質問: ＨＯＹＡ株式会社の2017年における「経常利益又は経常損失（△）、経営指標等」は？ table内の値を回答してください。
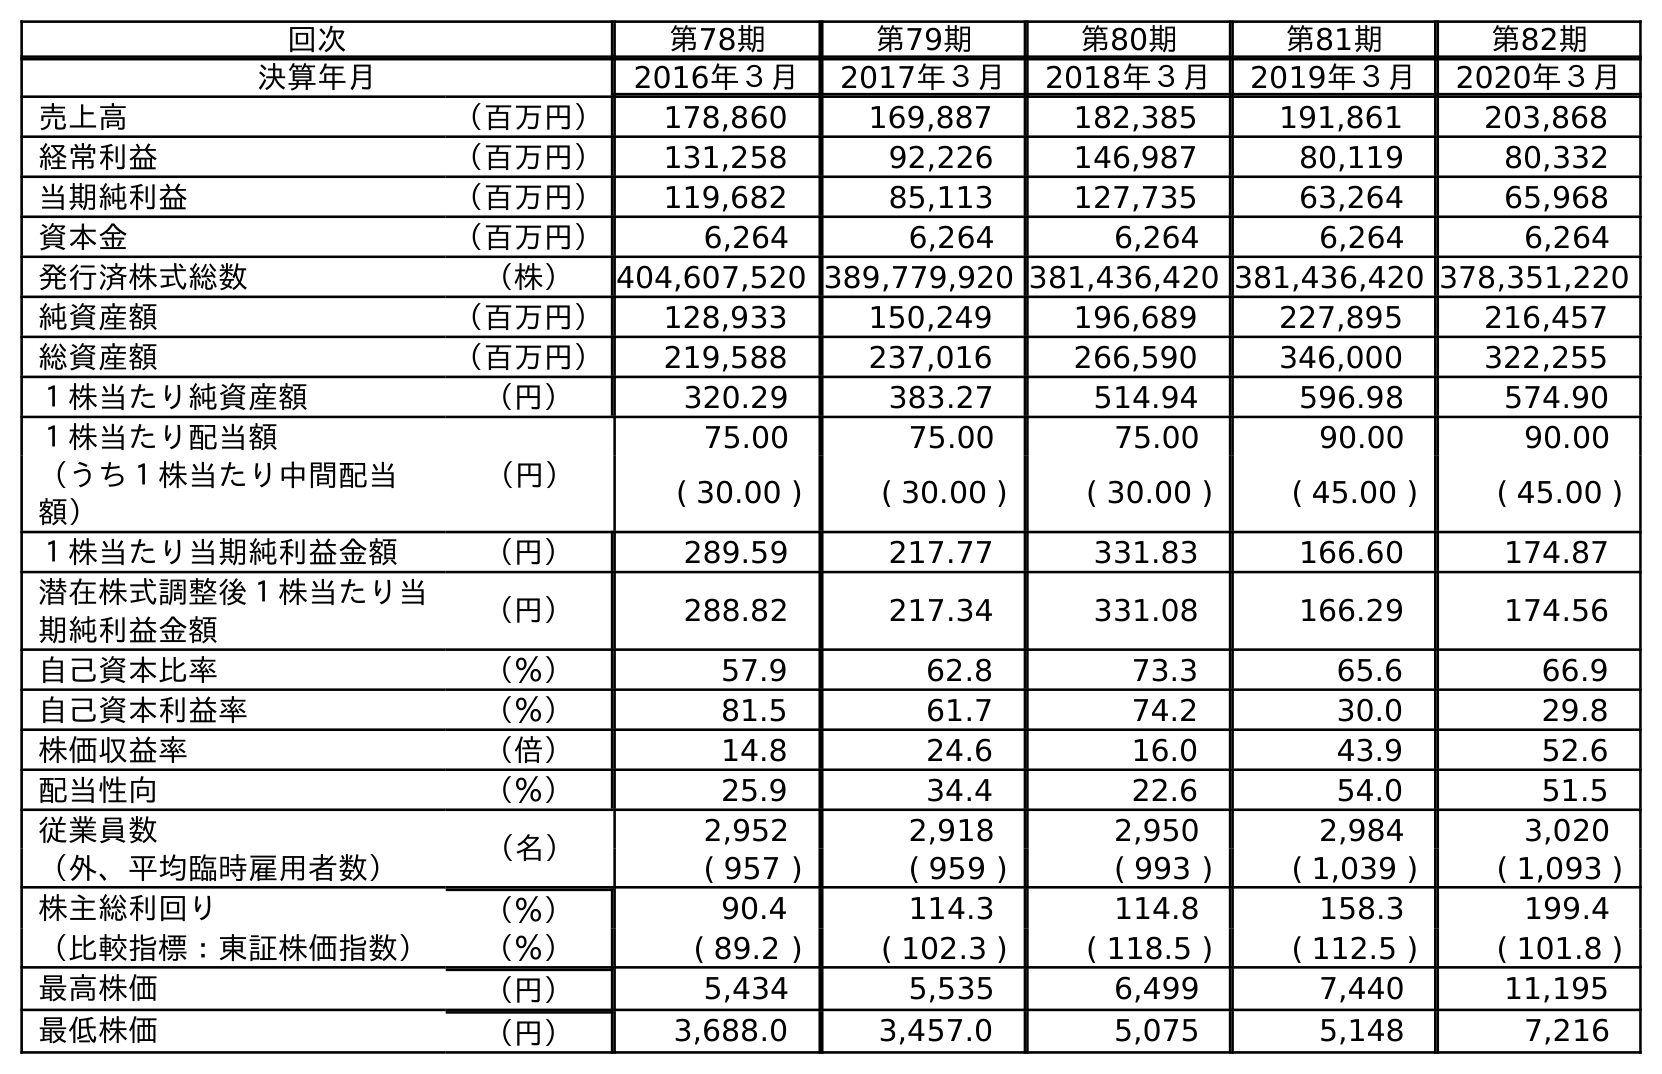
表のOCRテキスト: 回次 第78期 第79期 第80期 第81期 第82期 決算年月 2016年３月 2017年３月 2018年３月 2019年３月 2020年３月 売上高 （百万円） 178,860 169,887 182,385 191,861 203,868 経常利益 （百万円） 131,258 92,226 146,987 80,119 80,332 当期純利益 （百万円） 119,682 85,113 127,735 63,264 65,968 資本金 （百万円） 6,264 6,264 6,264 6,264 6,264 発行済株式総数 （株） 404,607,520 389,779,920 381,436,420 381,436,420 378,351,220 純資産額 （百万円） 128,933 150,249 196,689 227,895 216,457 総資産額 （百万円） 219,588 237,016 266,590 346,000 322,255 １株当たり純資産額 （円） 320.29 383.27 514.94 596.98 574.90 １株当たり配当額 （円） 75.00 75.00 75.00 90.00 90.00 （うち１株当たり中間配当 額） ( 30.00 ) ( 30.00 ) ( 30.00 ) ( 45.00 ) ( 45.00 ) １株当たり当期純利益金額 （円） 289.59 217.77 331.83 166.60 174.87 潜在株式調整後１株当たり当 期純利益金額 （円） 288.82 217.34 331.08 166.29 174.56 自己資本比率 （％） 57.9 62.8 73.3 65.6 66.9 自己資本利益率 （％） 81.5 61.7 74.2 30.0 29.8 株価収益率 （倍） 14.8 24.6 16.0 43.9 52.6 配当性向 （％） 25.9 34.4 22.6 54.0 51.5 従業員数 （名） 2,952 2,918 2,950 2,984 3,020 （外、平均臨時雇用者数） ( 957 ) ( 959 ) ( 993 ) ( 1,039 ) ( 1,093 ) 株主総利回り （％） 90.4 114.3 114.8 158.3 199.4 （比較指標：東証株価指数） （％） ( 89.2 ) ( 102.3 ) ( 118.5 ) ( 112.5 ) ( 101.8 ) 最高株価 （円） 5,434 5,535 6,499 7,440 11,195 最低株価 （円） 3,688.0 3,457.0 5,075 5,148 7,216
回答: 92,226